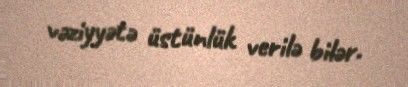
vəziyyətə üstünlük verilə bilər.